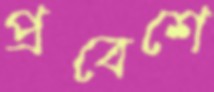
প্রবেশে